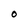
Character: O